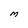
Character: M